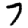
Digit: 7